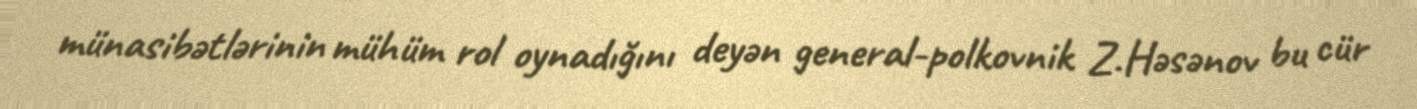
münasibətlərinin mühüm rol oynadığını deyən general-polkovnik Z.Həsənov bu cür